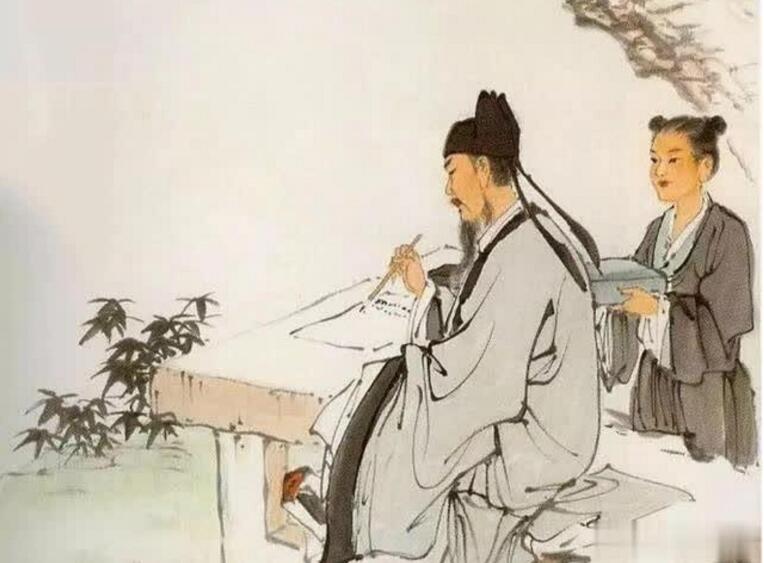
关山正飞雪，烽火断无烟。